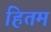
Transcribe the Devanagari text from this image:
हितम